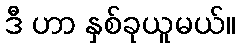
ဒီ ဟာ နှစ်ခုယူမယ်။